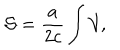
LaTeX: { \cal S } = \frac { a } { 2 c } \int { \cal V } ,